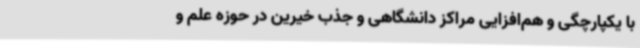
با یکپارچگی و هم‌افزایی مراکز دانشگاهی و جذب خیرین در حوزه علم و